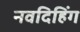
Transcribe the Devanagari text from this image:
नवदिहिंग